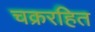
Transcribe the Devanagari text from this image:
चक्ररहित